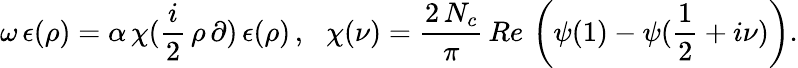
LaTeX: \omega\, \epsilon(\rho)=\alpha\, \chi(\frac i2\, \rho\, \partial)\, \epsilon(\rho)\, ,\, \, \, \, \chi(\nu)=\frac{2\, N_{c}}\pi\, Re\, \left(\psi(1)-\psi(\frac 12+i\nu)\right).